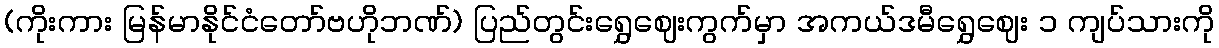
(ကိုးကား မြန်မာနိုင်ငံတော်ဗဟိုဘဏ်) ပြည်တွင်းရွှေဈေးကွက်မှာ အကယ်ဒမီရွှေဈေး ၁ ကျပ်သားကို